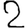
Digit: 2